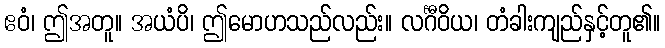
ဧဝံ၊ ဤအတူ။ အယံပိ၊ ဤမောဟသည်လည်း။ လင်္ဂီဝိယ၊ တံခါးကျည်နှင့်တူ၏။